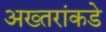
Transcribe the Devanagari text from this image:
अख्तरांकडे